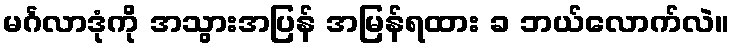
မင်္ဂလာဒုံကို အသွားအပြန် အမြန်ရထား ခ ဘယ်လောက်လဲ။